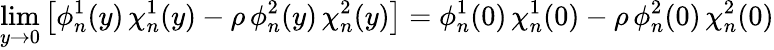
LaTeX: \operatorname*{lim}_{y\to 0}\left[\phi_{n}^{1}(y)\, \chi_{n}^{1}(y)-\rho\, \phi_{n}^{2}(y)\, \chi_{n}^{2}(y)\right]=\phi_{n}^{1}(0)\, \chi_{n}^{1}(0)-\rho\, \phi_{n}^{2}(0)\, \chi_{n}^{2}(0)